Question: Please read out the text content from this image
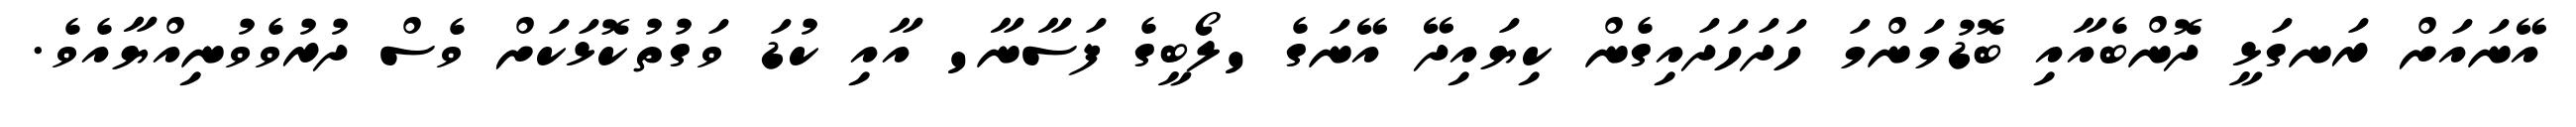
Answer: އޭނައަށް ރަނގަޅީ ދޮންބެއާއި ބޮޑުމަންމަ ހަދަހަދައިގެން ކިޔައިދޭ އޭނަގެ 'ލޯބީގެ ފަސާނާ' އާއި ކުޑަ ވަގުތުކޮޅަކަށް ވެސް ދުރުވެވުނިއްޔާއެވެ.